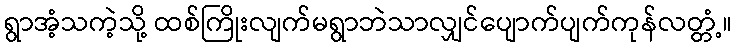
ရွာအံ့သကဲ့သို့ ထစ်ကြိုးလျက်မရွာဘဲသာလျှင်ပျောက်ပျက်ကုန်လတ္တံ့။